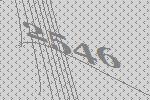
2546